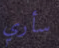
سأري